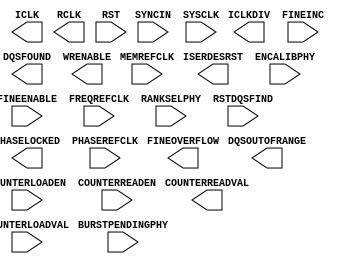
// $Header: /devl/xcs/repo/env/Databases/CAEInterfaces/xec_libs/data/unisims/PHASER_IN_PHY.v,v 1.5 2012/03/08 17:53:09 vandanad Exp $
///////////////////////////////////////////////////////
//  Copyright (c) 2010 Xilinx Inc.
//  All Right Reserved.
///////////////////////////////////////////////////////
//
//   ____   ___
//  /   /\/   / 
// /___/  \  /     Vendor      : Xilinx 
// \  \    \/      Version : 10.1
//  \  \           Description : Xilinx Formal Library Component
//  /  /                         Fujisan PHASER IN
// /__/   /\       Filename    : PHASER_IN_PHY.v
// \  \  /  \ 
//  \__\/\__ \                    
//                                 
//  Revision: Comment:
//  22APR2010 Initial UNI/UNP/SIM version from yaml
///////////////////////////////////////////////////////

`timescale 1 ps / 1 ps 

module PHASER_IN_PHY (
  COUNTERREADVAL,
  DQSFOUND,
  DQSOUTOFRANGE,
  FINEOVERFLOW,
  ICLK,
  ICLKDIV,
  ISERDESRST,
  PHASELOCKED,
  RCLK,
  WRENABLE,

  BURSTPENDINGPHY,
  COUNTERLOADEN,
  COUNTERLOADVAL,
  COUNTERREADEN,
  ENCALIBPHY,
  FINEENABLE,
  FINEINC,
  FREQREFCLK,
  MEMREFCLK,
  PHASEREFCLK,
  RANKSELPHY,
  RST,
  RSTDQSFIND,
  SYNCIN,
  SYSCLK
);

  parameter BURST_MODE = "FALSE";
  parameter integer CLKOUT_DIV = 4;
  parameter DQS_BIAS_MODE = "FALSE";
  parameter integer FINE_DELAY = 0;
  parameter FREQ_REF_DIV = "NONE";
  parameter real MEMREFCLK_PERIOD = 0.000;
  parameter OUTPUT_CLK_SRC = "PHASE_REF";
  parameter real PHASEREFCLK_PERIOD = 0.000;
  parameter real REFCLK_PERIOD = 0.000;
  parameter integer SEL_CLK_OFFSET = 5;
  parameter SYNC_IN_DIV_RST = "FALSE";
  parameter WR_CYCLES = "FALSE";
  

  output DQSFOUND;
  output DQSOUTOFRANGE;
  output FINEOVERFLOW;
  output ICLK;
  output ICLKDIV;
  output ISERDESRST;
  output PHASELOCKED;
  output RCLK;
  output WRENABLE;
  output [5:0] COUNTERREADVAL;

  input BURSTPENDINGPHY;
  input COUNTERLOADEN;
  input COUNTERREADEN;
  input FINEENABLE;
  input FINEINC;
  input FREQREFCLK;
  input MEMREFCLK;
  input PHASEREFCLK;
  input RST;
  input RSTDQSFIND;
  input SYNCIN;
  input SYSCLK;
  input [1:0] ENCALIBPHY;
  input [1:0] RANKSELPHY;
  input [5:0] COUNTERLOADVAL;

endmodule // PHASER_IN_PHY